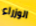
الوزراء